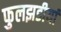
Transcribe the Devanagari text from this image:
फुलझडीयां